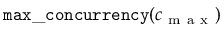
\mathtt { m a x \_ c o n c u r r e n c y ( } c _ { \mathrm { ~ m ~ a ~ x ~ } } \mathtt { ) }